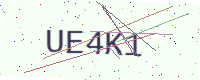
Text: UE4K1